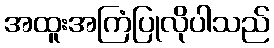
အထူးအကြံပြုလိုပါသည်